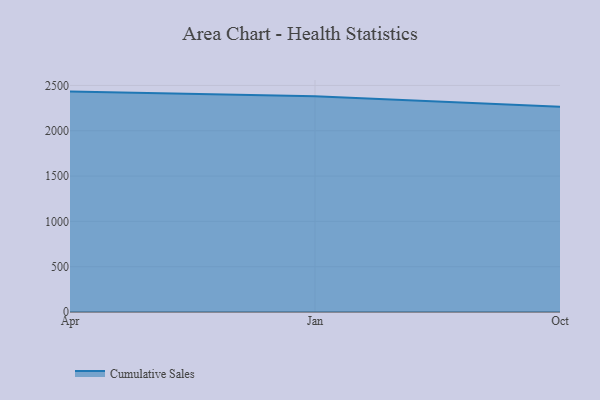
{"axis": {"x": "Month", "y": "Waste Production (Tons)"}, "legend": ["Cumulative Sales"], "data": [{"x": "Apr", "y": 2431.7, "type": "Cumulative Sales"}, {"x": "Jan", "y": 2379.7, "type": "Cumulative Sales"}, {"x": "Oct", "y": 2265.9, "type": "Cumulative Sales"}]}